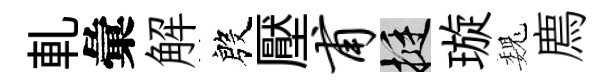
軋彙解殷壓甫挺璇巍廌